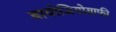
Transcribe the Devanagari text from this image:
बायोजियोग्राफी